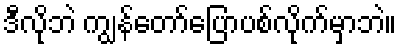
ဒီလိုဘဲ ကျွန်တော်ပြောပစ်လိုက်မှာဘဲ။